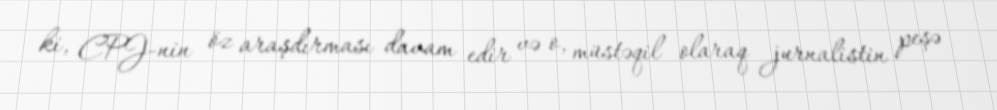
ki, CPJ-nin öz araşdırması davam edir və o, müstəqil olaraq jurnalistin peşə